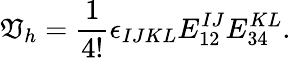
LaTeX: \mathfrak{V}_{h}={\frac{{1}}{{4!}}}\epsilon_{IJKL}E_{12}^{IJ}E_{34}^{KL}.